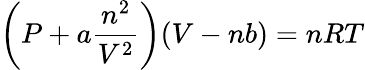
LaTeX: \left(P+a{\frac{n^{2}}{V^{2}}}\right)(V-nb)=nRT